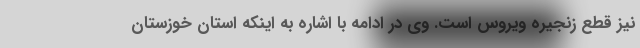
نیز قطع زنجیره ویروس است. وی در ادامه با اشاره به اینکه استان خوزستان